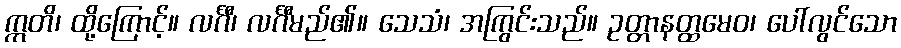
ဣတိ၊ ထို့ကြောင့်။ လင်္ဂီ၊ လင်္ဂီမည်၏။ သေသံ၊ အကြွင်းသည်။ ဥတ္တာနတ္ထမေဝ၊ ပေါ်လွင်သော